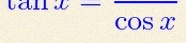
\tan x=\frac{\sin x}{\cos x}